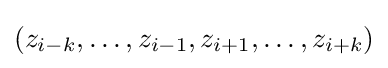
\left(z_{i-k},\ldots ,z_{i-1},z_{i+1},\ldots ,z_{i+k}\right)